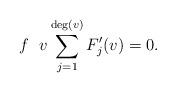
LaTeX: \begin{align*} f~~v \sum_{j = 1}^{\deg (v)} F_j' (v) = 0.\end{align*}